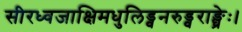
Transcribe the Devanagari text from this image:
सीरध्वजाक्षिमधुलिड्वनरुड्वराङ्घ्रेः।